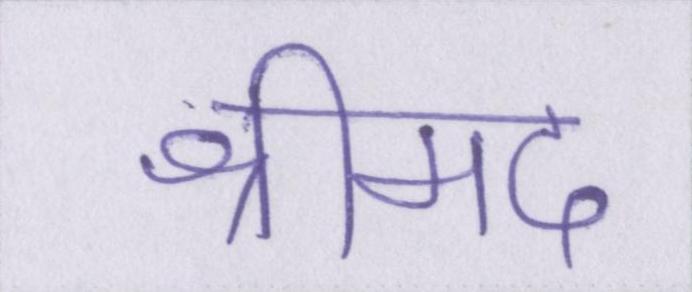
श्रीमद